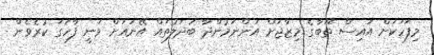
މިފަހަކަށް އައިސް ތޫބާގެ މިޒާޖަށް އަންނަމުންދާ ބަދަލުތައް އޭނައަށް ވަނީ ފާހަގަ ކުރެވެން